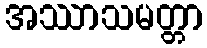
အဿာသမတ္တာ